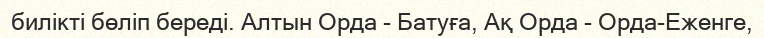
билікті бөліп береді. Алтын Орда - Батуға, Ақ Орда - Орда-Еженге,